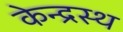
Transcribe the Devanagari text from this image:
केन्द्रस्थ